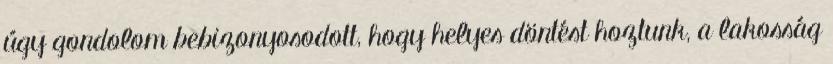
úgy gondolom bebizonyosodott, hogy helyes döntést hoztunk, a lakosság